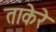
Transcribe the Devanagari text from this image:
ताकेरे